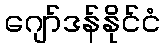
ဂျော်ဒန်နိုင်ငံ